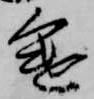
途